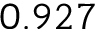
0 . 9 2 7